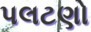
પલટણો